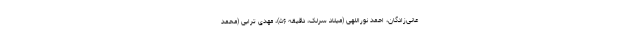
عانی‌زادگان، احمد نوراللهی (میلاد سرلک، دقیقه ۵۶)، مهدی ترابی (محمد